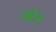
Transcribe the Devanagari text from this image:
र्यान